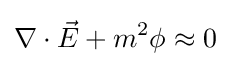
\nabla \cdot {\vec {E}}+m^{2}\phi \approx 0